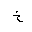
Letter: _kha